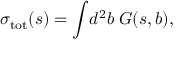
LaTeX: \sigma _ { \mathrm { t o t } } ( s ) = \int \! d ^ { 2 } b \; G ( s , b ) ,